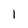
Character: 1